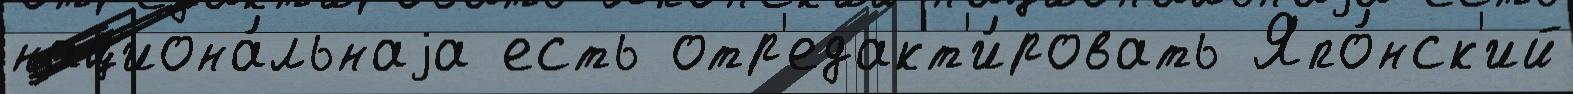
национа́льнаjа есть отр'едакт'и́ровать Япо́нск'ий